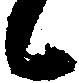
候